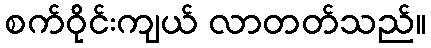
စက်ဝိုင်းကျယ် လာတတ်သည်။